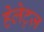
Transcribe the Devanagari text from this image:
हेलेट्ज़